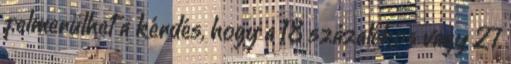
felmerülhet a kérdés, hogy a 18 százalékos vagy 27